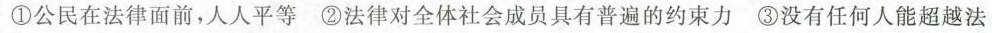
①公民在法律面前，人人平等②法律对全体社会成员具有普遍的约束力③没有任何人能超越法